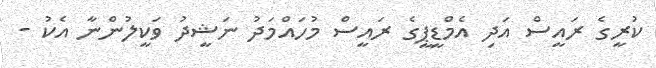
ކުރީގެ ރައީސް އަދި އެމްޑީޕީގެ ރައީސް މުހައްމަދު ނަޝީދު ވަކީލުންނާ އެކު -